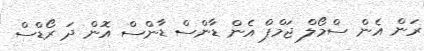
ރަން އެން ސްމޯލް ޖަމްޕް އެން ޑާންސް ޑާންސް އޮން ދަ ރޯޑްސް